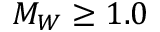
M _ { W } \geq 1 . 0